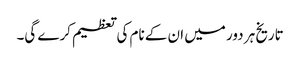
تاریخ ہر دور میں ان کے نام کی تعظیم کرے گی۔